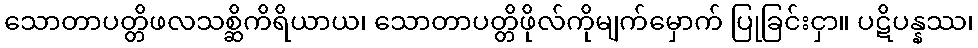
သောတာပတ္တိဖလသစ္ဆိကိရိယာယ၊ သောတာပတ္တိဖိုလ်ကိုမျက်မှောက် ပြုခြင်းငှာ။ ပဋိပန္နဿ၊